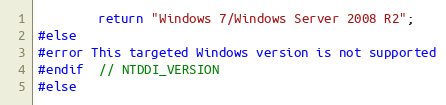
Language: C++
        return "Windows 7/Windows Server 2008 R2";
#else
#error This targeted Windows version is not supported
#endif  // NTDDI_VERSION
#else